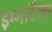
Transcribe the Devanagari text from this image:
इम्माॅर्टल्स